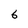
Character: 6